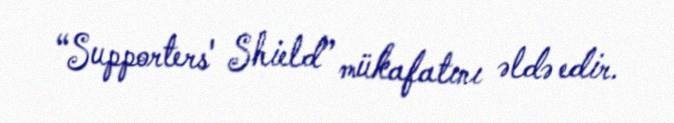
“Supporters' Shield” mükafatını əldə edir.